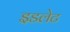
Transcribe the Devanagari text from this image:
इडलेट